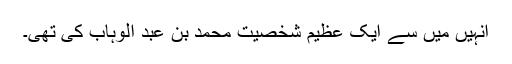
انہیں میں سے ایک عظیم شخصیت محمد بن عبد الوہاب کى تهى۔